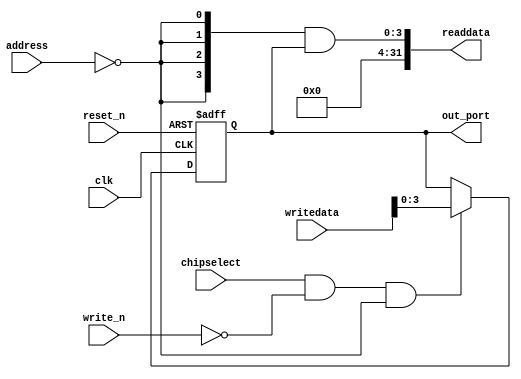
module PIO_LED (
                 // inputs:
                  address,
                  chipselect,
                  clk,
                  reset_n,
                  write_n,
                  writedata,

                 // outputs:
                  out_port,
                  readdata
               )
;

  output  [  3: 0] out_port;
  output  [ 31: 0] readdata;
  input   [  1: 0] address;
  input            chipselect;
  input            clk;
  input            reset_n;
  input            write_n;
  input   [ 31: 0] writedata;

  wire             clk_en;
  reg     [  3: 0] data_out;
  wire    [  3: 0] out_port;
  wire    [  3: 0] read_mux_out;
  wire    [ 31: 0] readdata;
  assign clk_en = 1;
  //s1, which is an e_avalon_slave
  assign read_mux_out = {4 {(address == 0)}} & data_out;
  always @(posedge clk or negedge reset_n)
    begin
      if (reset_n == 0)
          data_out <= 0;
      else if (chipselect && ~write_n && (address == 0))
          data_out <= writedata[3 : 0];
    end


  assign readdata = {{{32- 4}{1'b0}},read_mux_out};
  assign out_port = data_out;

endmodule